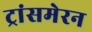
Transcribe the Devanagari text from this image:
ट्रांसमेरन